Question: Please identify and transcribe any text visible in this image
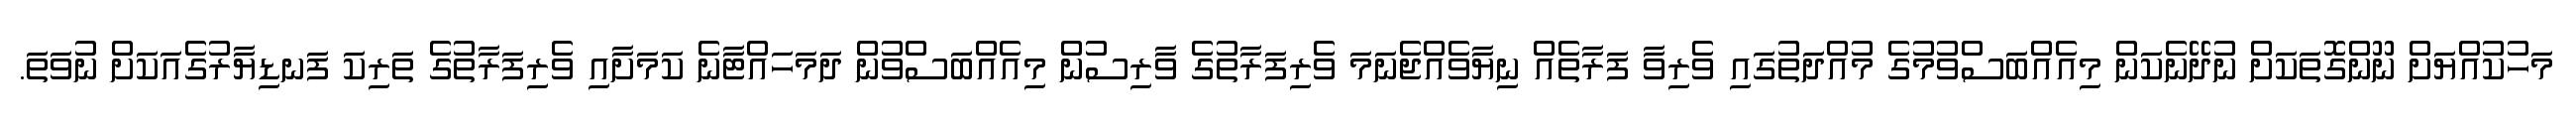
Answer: މަހުކުއްޔަށް ނޫންގޮތަކަށް ނުދޭނެކަން މިއެއްބަސްވުމުގެ މުއްދަތުގައި ވެރިވާ ފަރާތެއް ނިޔާވެއްޖެނަމަ ވެރިފަރާތުގެ ވާރިސުން މިއެއްބަސްވުން ދަމަހައްޓާނެ ކަމަށާއި ވެރިފަރާތުގެ ތަރިކަ ފަނޑިޔާރުގެއަކަށް ނުވަތަ.